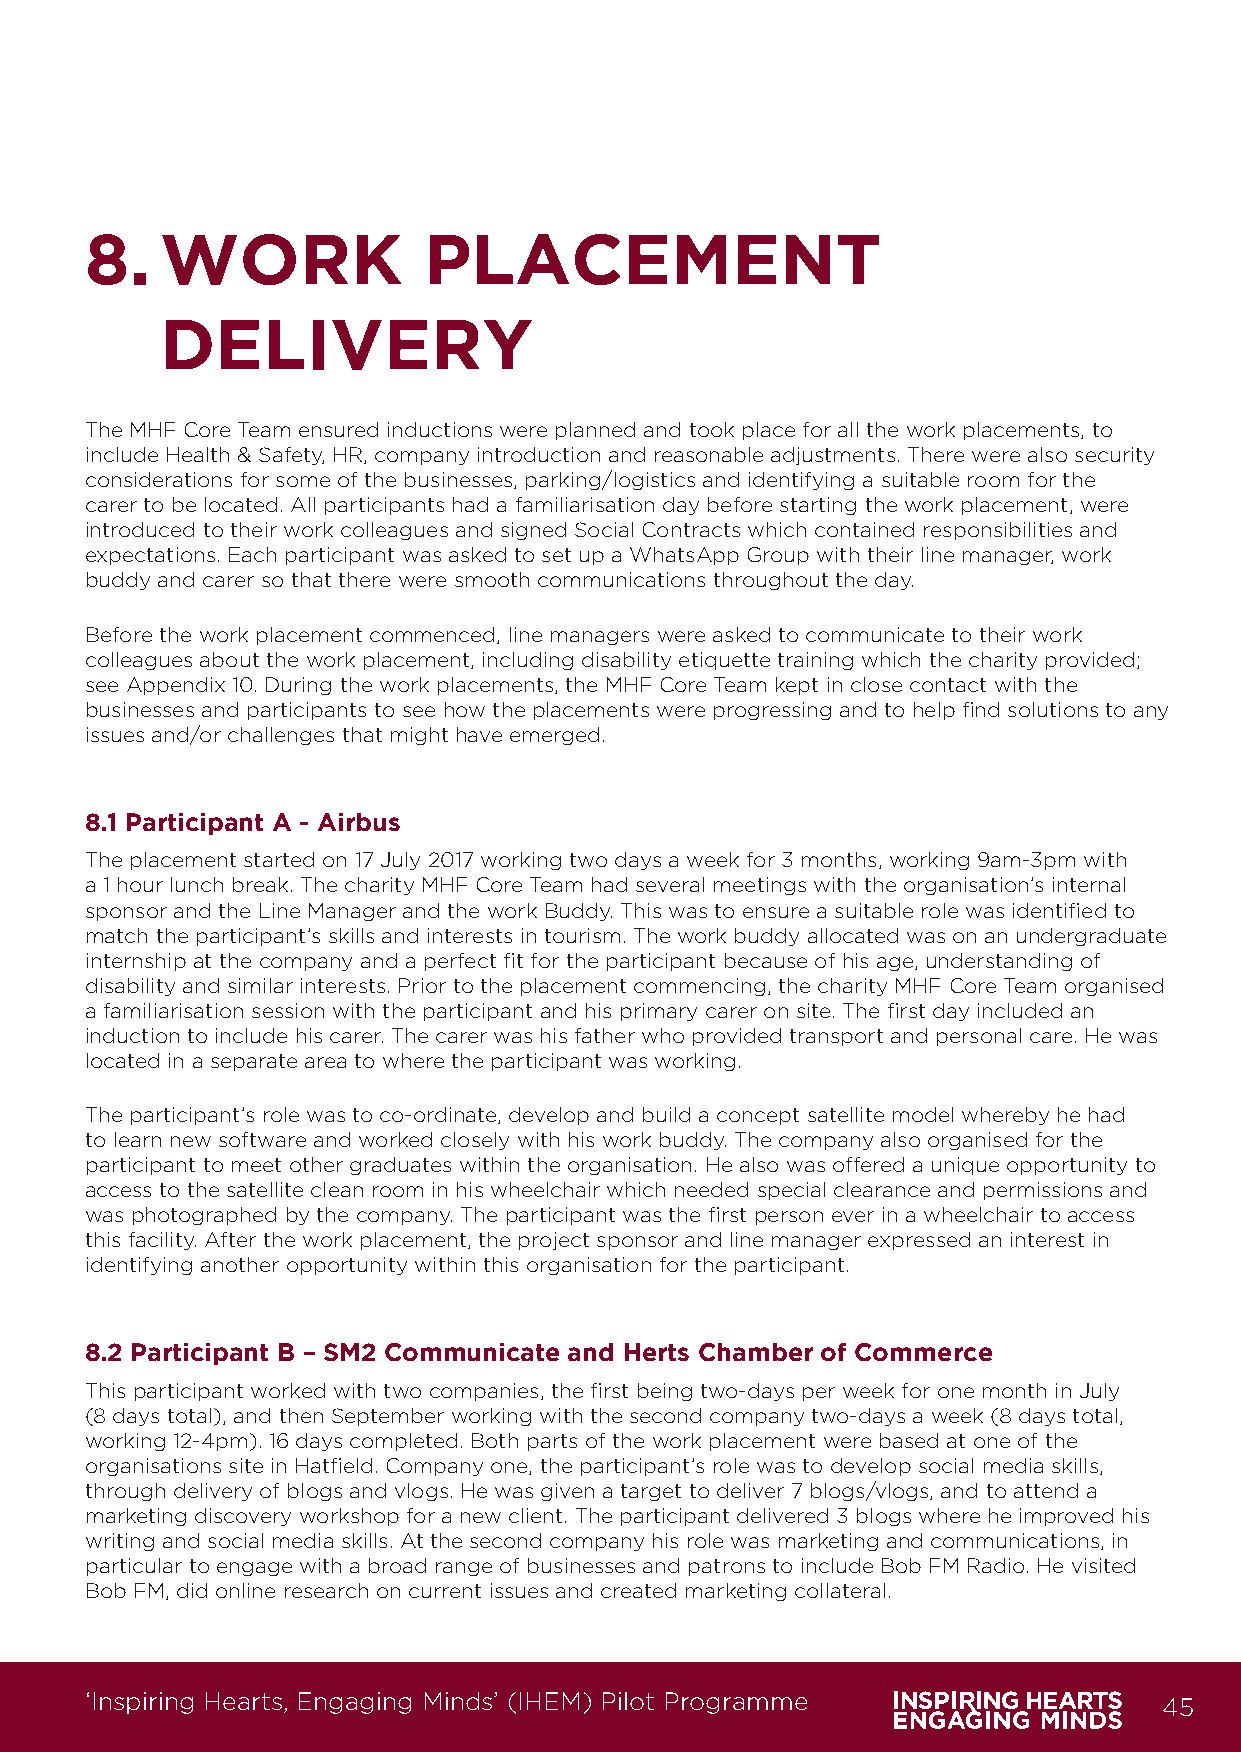
8.   WORK             PLACEMENT
 DELIVERY
 The MHF Core Team ensured inductions were planned and took place for all the work placements, to
 include Health & Safety, HR, company introduction and reasonable adjustments. There were also security
 considerations for some of the businesses, parking/logistics and identifying a suitable room for the
 carer to be located. All participants had a familiarisation day before starting the work placement, were
 introduced to their work colleagues and signed Social Contracts which contained responsibilities and
 expectations. Each participant was asked to set up a WhatsApp Group with their line manager, work
 buddy and carer so that there were smooth communications throughout the day.
 Before the work placement commenced, line managers were asked to communicate to their work
 colleagues about the work placement, including disability etiquette training which the charity provided;
 see Appendix 10. During the work placements, the MHF Core Team kept in close contact with the
 businesses and participants to see how the placements were progressing and to help find solutions to any
 issues and/or challenges that might have emerged.
 8.1 Participant A - Airbus
 The placement started on 17 July 2017 working two days a week for 3 months, working 9am-3pm with
 a 1 hour lunch break. The charity MHF Core Team had several meetings with the organisation’s internal
 sponsor and the Line Manager and the work Buddy. This was to ensure a suitable role was identified to
 match the participant’s skills and interests in tourism. The work buddy allocated was on an undergraduate
 internship at the company and a perfect fit for the participant because of his age, understanding of
 disability and similar interests. Prior to the placement commencing, the charity MHF Core Team organised
 a familiarisation session with the participant and his primary carer on site. The first day included an
 induction to include his carer. The carer was his father who provided transport and personal care. He was
 located in a separate area to where the participant was working.
 The participant’s role was to co-ordinate, develop and build a concept satellite model whereby he had
 to learn new software and worked closely with his work buddy. The company also organised for the
 participant to meet other graduates within the organisation. He also was offered a unique opportunity to
 access to the satellite clean room in his wheelchair which needed special clearance and permissions and
 was photographed by the company. The participant was the first person ever in a wheelchair to access
 this facility. After the work placement, the project sponsor and line manager expressed an interest in
 identifying another opportunity within this organisation for the participant.
 8.2 Participant B – SM2 Communicate and Herts Chamber of Commerce
 This participant worked with two companies, the first being two-days per week for one month in July
 (8 days total), and then September working with the second company two-days a week (8 days total,
 working 12-4pm). 16 days completed. Both parts of the work placement were based at one of the
 organisations site in Hatfield. Company one, the participant’s role was to develop social media skills,
 through delivery of blogs and vlogs. He was given a target to deliver 7 blogs/vlogs, and to attend a
 marketing discovery workshop for a new client. The participant delivered 3 blogs where he improved his
 writing and social media skills. At the second company his role was marketing and communications, in
 particular to engage with a broad range of businesses and patrons to include Bob FM Radio. He visited
 Bob FM, did online research on current issues and created marketing collateral.
 ‘Inspiring Hearts, Engaging Minds’ (IHEM) Pilot Programme              45
 IHEM-Evaluation-Summary-Report_Brand Compliant.indd 45                  29/09/2020 06:59:28